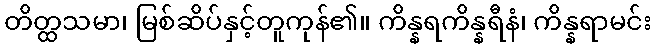
တိတ္ထသမာ၊ မြစ်ဆိပ်နှင့်တူကုန်၏။ ကိန္နရကိန္နရီနံ၊ ကိန္နရာမင်း